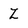
Character: Z